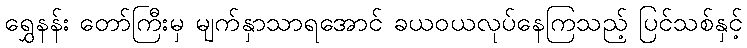
ရွှေနန်း တော်ကြီးမှ မျက်နှာသာရအောင် ခယဝယလုပ်နေကြသည့် ပြင်သစ်နှင့်